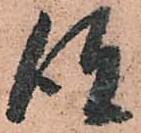
彼